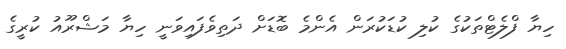
ހިޔާ ފްލެޓްތަކުގެ ކުލި ކުޑަކުރަން އެންމެ ބޮޑަށް ދަތިވެފައިވަނީ ހިޔާ މަޝްރޫއު ކުރީގެ